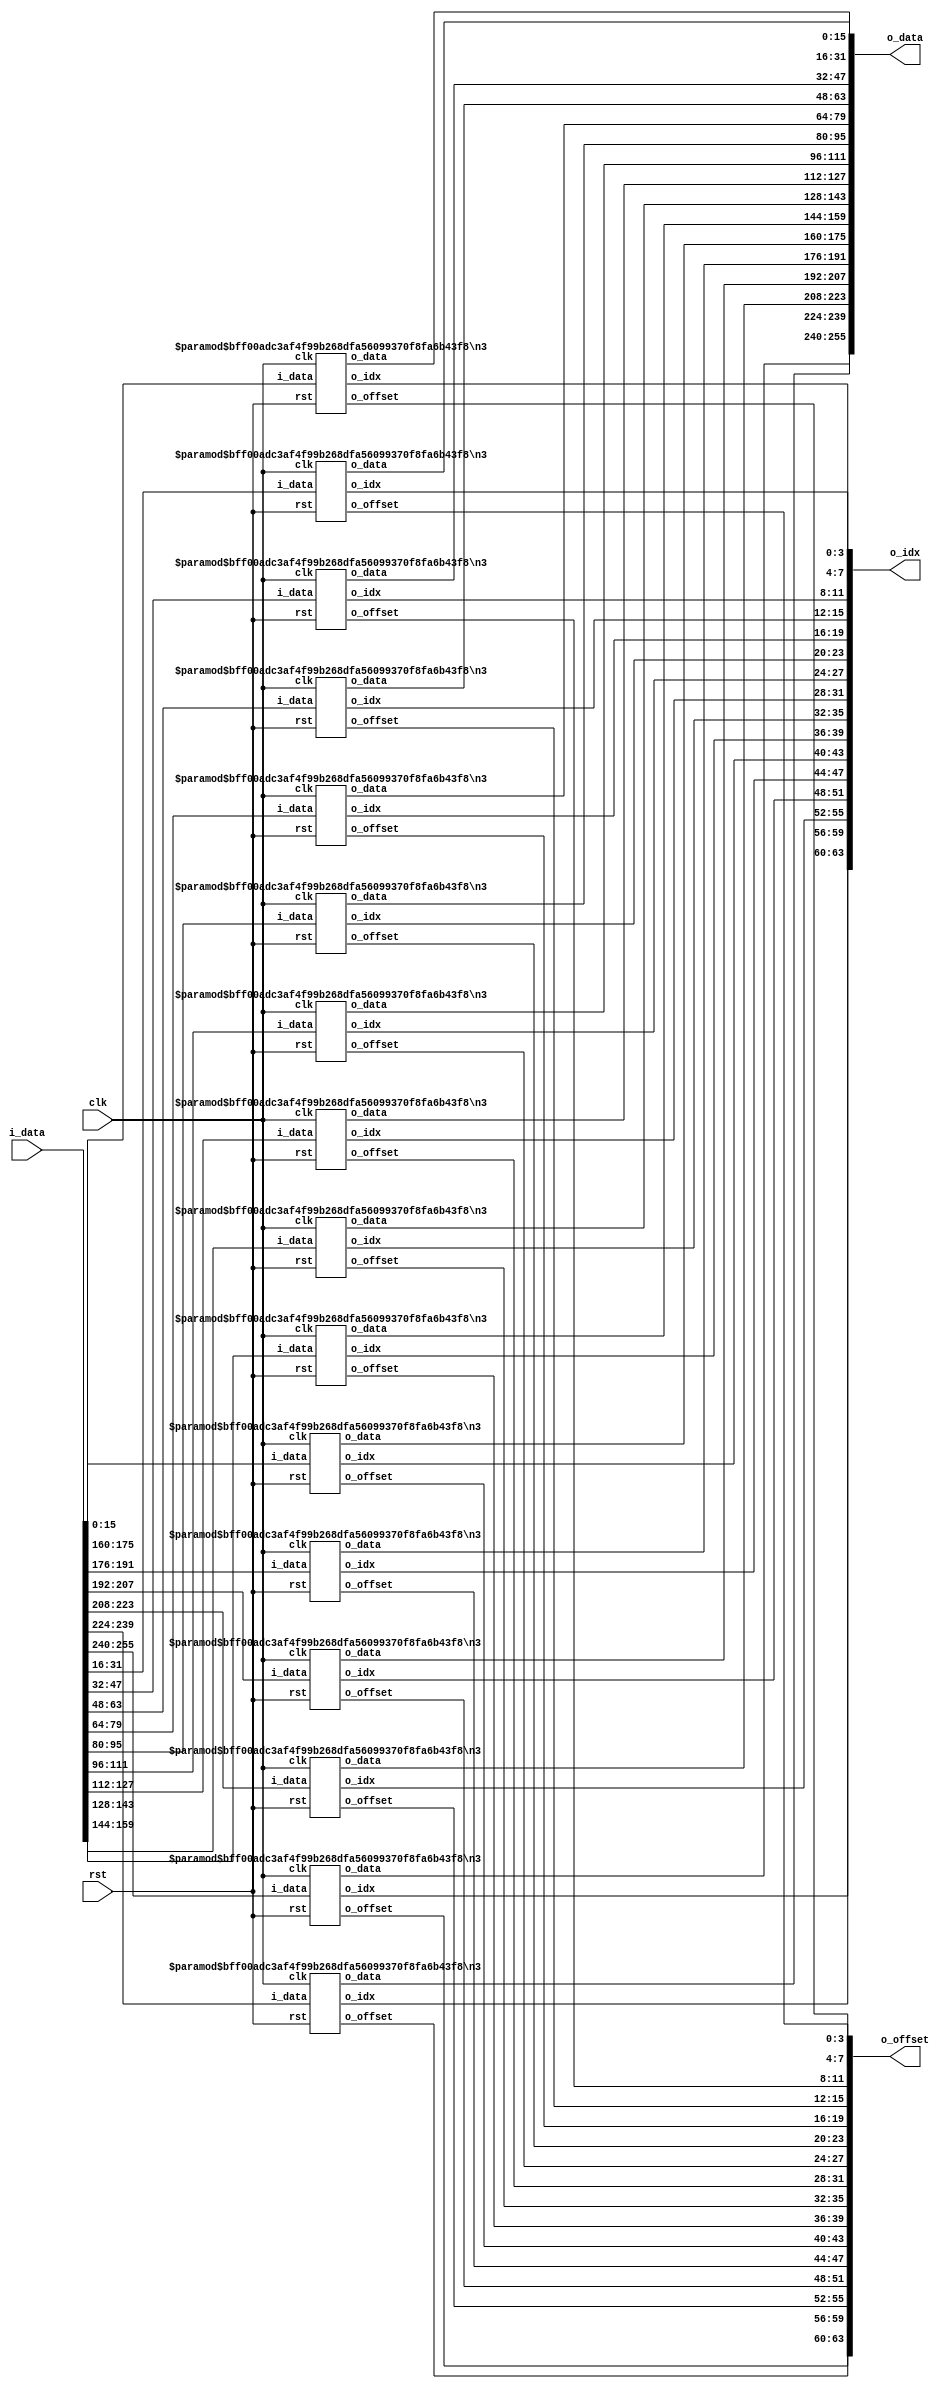


module n3_cluster ( 
        clk,
        rst,
        i_data,
        o_data,
        o_idx,
        o_offset
    );

    parameter N         = 16;
    parameter Tn        = 16;
    parameter OFFSET_SZ = 4;

    // Inputs
    input                      clk, rst;
    input [Tn*N-1:0]           i_data;
    
    // Outputs
    output [Tn*N-1:0]          o_data;
    output [Tn*OFFSET_SZ-1:0]  o_idx;
    output [Tn*OFFSET_SZ-1:0]  o_offset;

    genvar i;
    generate
        for(i=0; i<Tn; i=i+1) begin : COMP_ARRAY
            n3 #(.N(N), .OFFSET_SZ(OFFSET_SZ)) COMP (
                clk,
                rst,
                i_data   [ (i+1)*N - 1 : i*N ],
                o_data   [ (i+1)*N - 1 : i*N ],
                o_idx    [ (i+1)*OFFSET_SZ - 1 : i*OFFSET_SZ ],
                o_offset [ (i+1)*OFFSET_SZ - 1 : i*OFFSET_SZ ]
            );
        end
    endgenerate

endmodule

module n3 (
        clk,
        rst,
        i_data,
        o_data,
        o_idx,
        o_offset
    );
    
    parameter N         = 16;
    parameter OFFSET_SZ = 4;

    // Inputs
    input                   clk, rst;
    input [N-1:0]           i_data;
    
    // Outputs
    output [N-1:0]          o_data;
    output [OFFSET_SZ-1:0]  o_idx;
    output [OFFSET_SZ-1:0]  o_offset;

    // Internal signals
    reg [OFFSET_SZ-1:0]     idx_reg;        // Registers for Index
    reg [OFFSET_SZ-1:0]     offset_reg;     // Register for Offset
    reg [N-1:0]             data_reg;


    wire [OFFSET_SZ-1:0]    rst_idx, next_idx, inc_idx;
    wire [OFFSET_SZ-1:0]    rst_offset, next_offset, inc_offset;

    wire                    is_zero;   // Indicates whether the input data is all zero or not

    //////////////////////////////////////////////////
    /////////////////// Code Start ///////////////////
    //////////////////////////////////////////////////
    
    //--------- Update registers
    always @(posedge clk) begin
        data_reg    <= i_data;
        idx_reg     <= rst_idx;
        offset_reg  <= rst_offset;
    end

    //--------- Output logic
    assign o_data       = data_reg;
    assign o_idx        = idx_reg; 
    assign o_offset     = offset_reg;

    //--------- Reset logic
    assign rst_idx      = (rst) ? ({OFFSET_SZ{1'b0}}) : (next_idx);
    assign rst_offset   = (rst) ? ({OFFSET_SZ{1'b0}}) : (next_offset);

    //--------- Zero calculation
    assign is_zero      = ~(|i_data); // Inverted OR reduction

    //--------- Offset increment logic (+1)
    assign inc_offset   = offset_reg + 1'b1;
    assign next_offset  = inc_offset;

    //--------- Idx increment logic (+2)
    assign inc_idx      = idx_reg + 1'b1;
    assign next_idx     = (is_zero) ? (idx_reg) : (inc_idx); // If is_zero, keep the same idx. Otherwise, increment
    
endmodule